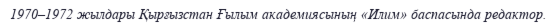
1970–1972 жылдары Қырғызстан Ғылым академиясының «Илим» баспасында редактор.